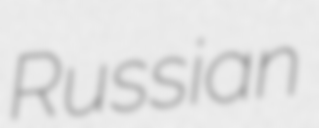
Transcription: Russian